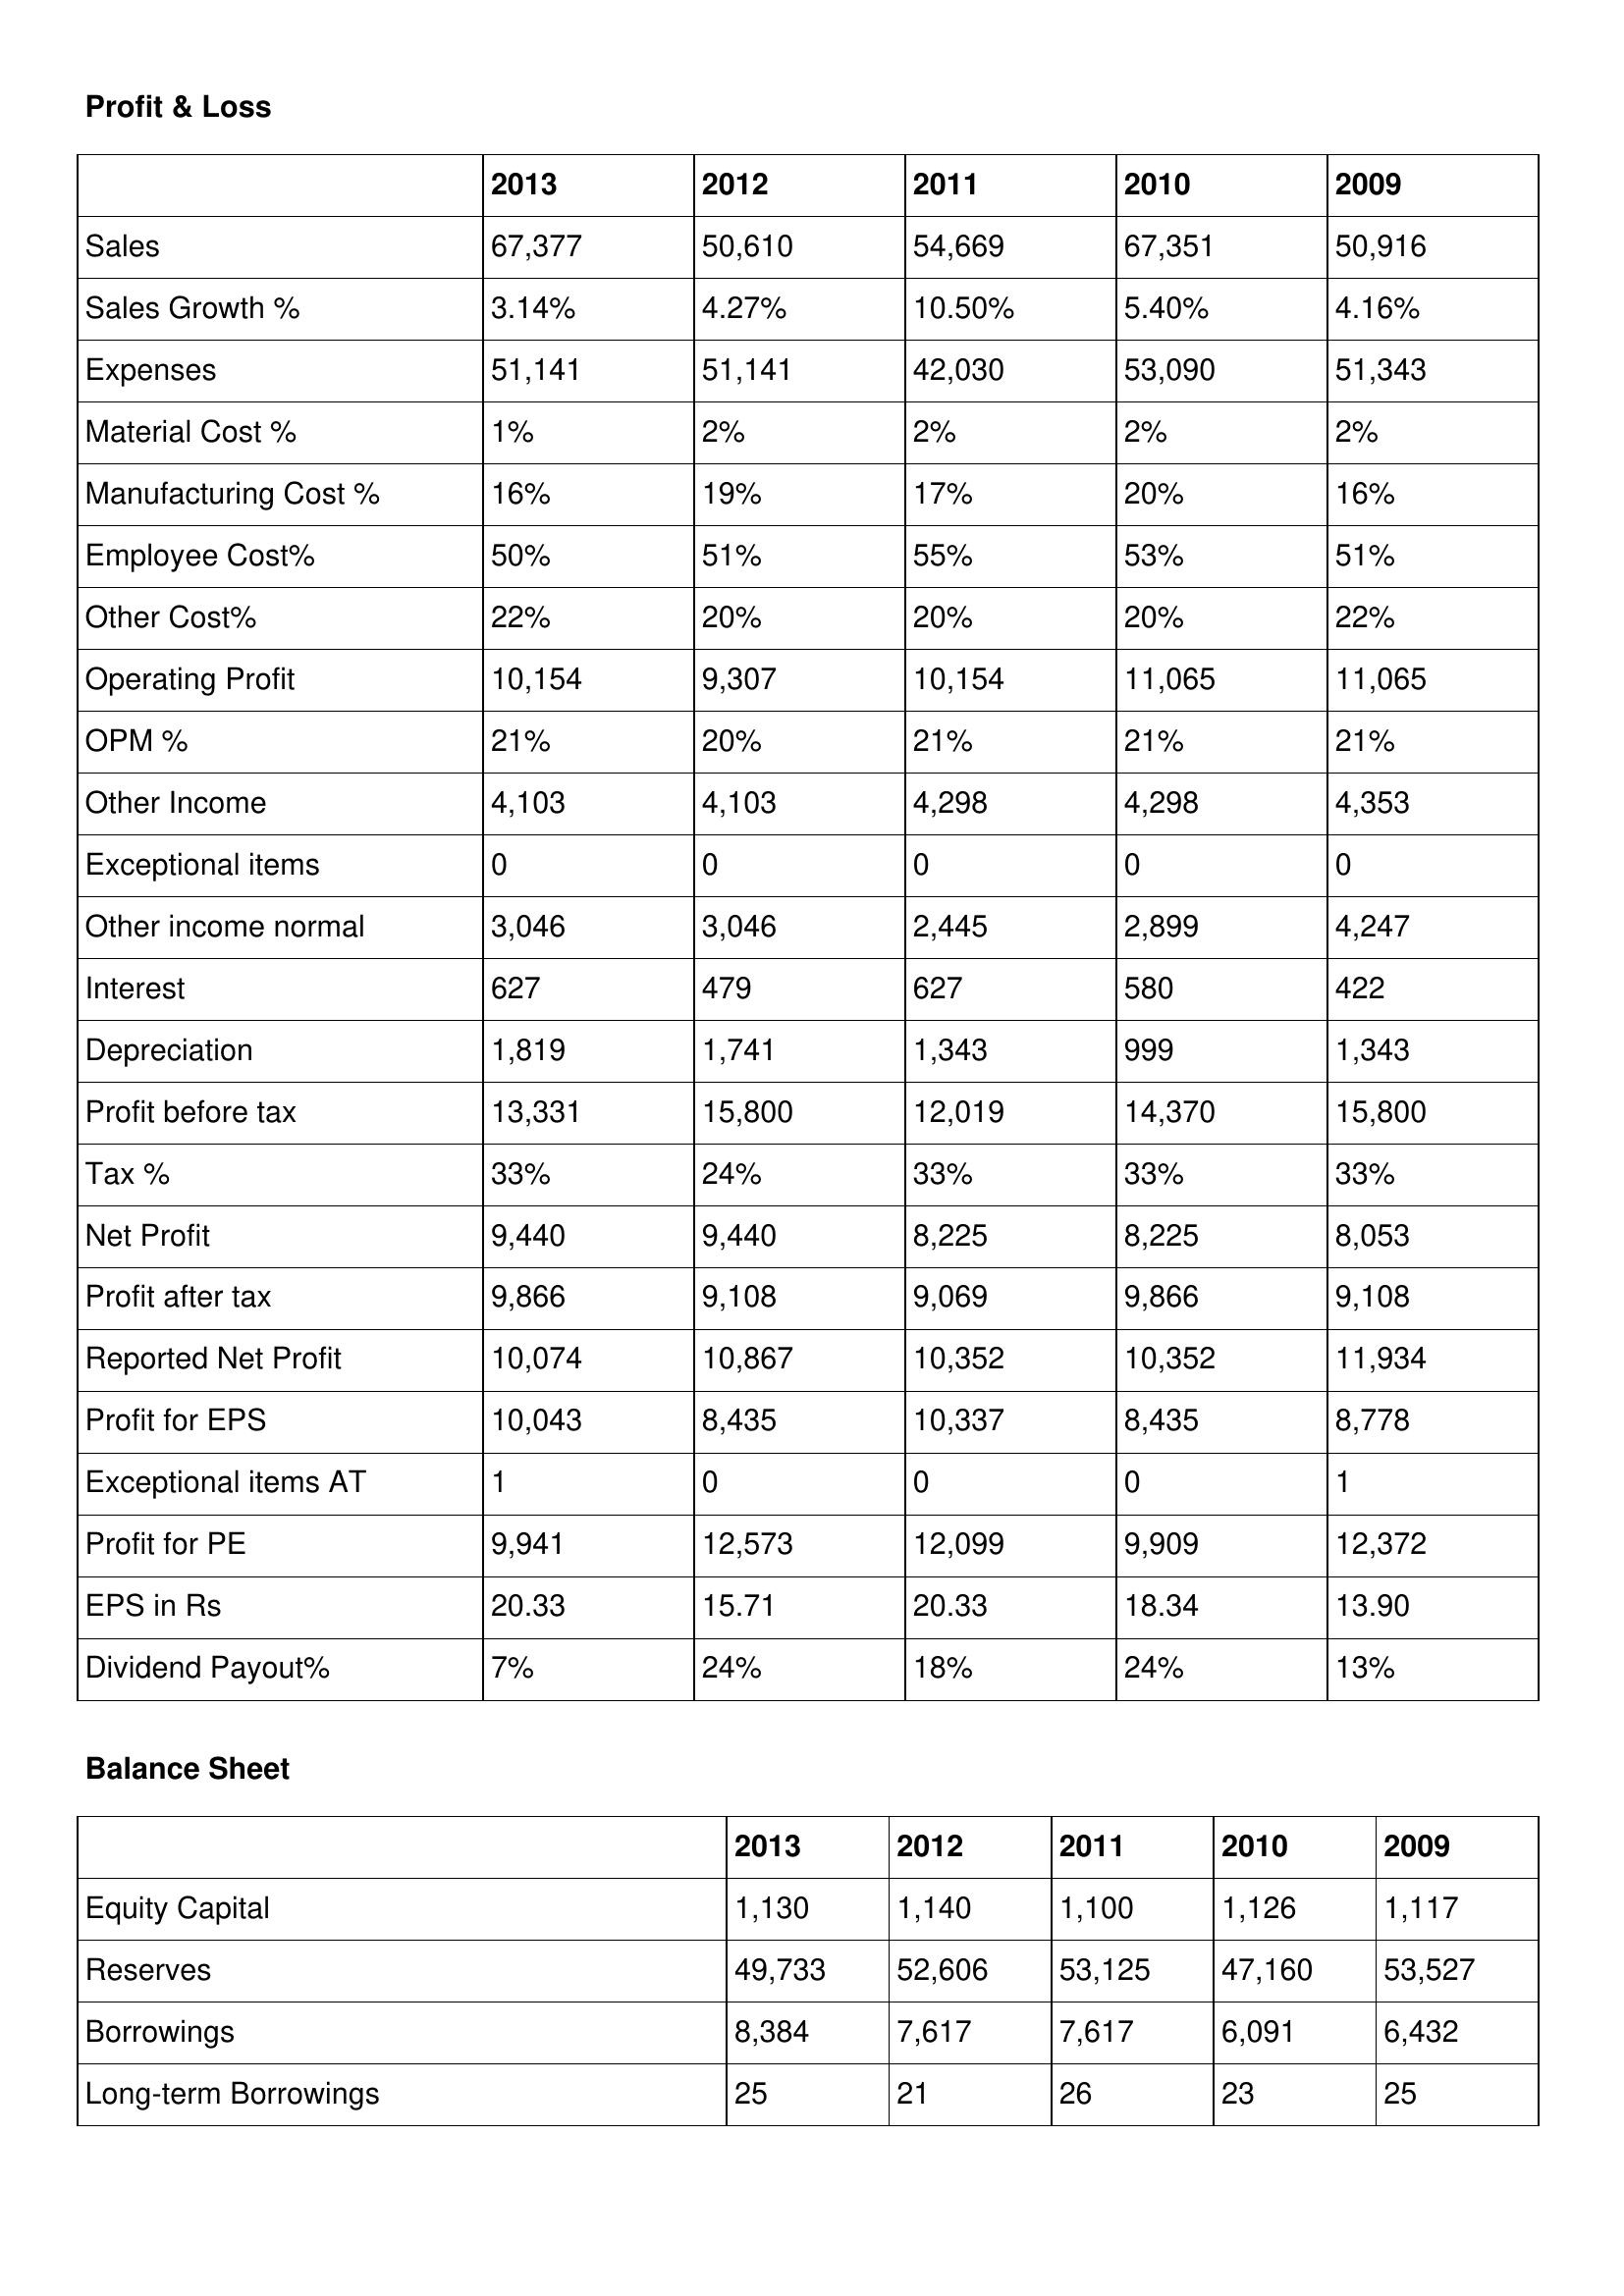
gt_parse: 2013: Profit & Loss: Sales: 67,377
Sales Growth %: 3.14%
Expenses: 51,141
Material Cost %: 1%
Manufacturing Cost %: 16%
Employee Cost%: 50%
Other Cost%: 22%
Operating Profit: 10,154
OPM %: 21%
Other Income: 4,103
Exceptional items: 0
Other income normal: 3,046
Interest: 627
Depreciation: 1,819
Profit before tax: 13,331
Tax %: 33%
Net Profit: 9,440
Profit after tax: 9,866
Reported Net Profit: 10,074
Profit for EPS: 10,043
Exceptional items AT: 1
Profit for PE: 9,941
EPS in Rs: 20.33
Dividend Payout%: 7%
Balance Sheet: Equity Capital: 1,130
Reserves: 49,733
Borrowings: 8,384
Long-term Borrowings: 25
2012: Profit & Loss: Sales: 50,610
Sales Growth %: 4.27%
Expenses: 51,141
Material Cost %: 2%
Manufacturing Cost %: 19%
Employee Cost%: 51%
Other Cost%: 20%
Operating Profit: 9,307
OPM %: 20%
Other Income: 4,103
Exceptional items: 0
Other income normal: 3,046
Interest: 479
Depreciation: 1,741
Profit before tax: 15,800
Tax %: 24%
Net Profit: 9,440
Profit after tax: 9,108
Reported Net Profit: 10,867
Profit for EPS: 8,435
Exceptional items AT: 0
Profit for PE: 12,573
EPS in Rs: 15.71
Dividend Payout%: 24%
Balance Sheet: Equity Capital: 1,140
Reserves: 52,606
Borrowings: 7,617
Long-term Borrowings: 21
2011: Profit & Loss: Sales: 54,669
Sales Growth %: 10.50%
Expenses: 42,030
Material Cost %: 2%
Manufacturing Cost %: 17%
Employee Cost%: 55%
Other Cost%: 20%
Operating Profit: 10,154
OPM %: 21%
Other Income: 4,298
Exceptional items: 0
Other income normal: 2,445
Interest: 627
Depreciation: 1,343
Profit before tax: 12,019
Tax %: 33%
Net Profit: 8,225
Profit after tax: 9,069
Reported Net Profit: 10,352
Profit for EPS: 10,337
Exceptional items AT: 0
Profit for PE: 12,099
EPS in Rs: 20.33
Dividend Payout%: 18%
Balance Sheet: Equity Capital: 1,100
Reserves: 53,125
Borrowings: 7,617
Long-term Borrowings: 26
2010: Profit & Loss: Sales: 67,351
Sales Growth %: 5.40%
Expenses: 53,090
Material Cost %: 2%
Manufacturing Cost %: 20%
Employee Cost%: 53%
Other Cost%: 20%
Operating Profit: 11,065
OPM %: 21%
Other Income: 4,298
Exceptional items: 0
Other income normal: 2,899
Interest: 580
Depreciation: 999
Profit before tax: 14,370
Tax %: 33%
Net Profit: 8,225
Profit after tax: 9,866
Reported Net Profit: 10,352
Profit for EPS: 8,435
Exceptional items AT: 0
Profit for PE: 9,909
EPS in Rs: 18.34
Dividend Payout%: 24%
Balance Sheet: Equity Capital: 1,126
Reserves: 47,160
Borrowings: 6,091
Long-term Borrowings: 23
2009: Profit & Loss: Sales: 50,916
Sales Growth %: 4.16%
Expenses: 51,343
Material Cost %: 2%
Manufacturing Cost %: 16%
Employee Cost%: 51%
Other Cost%: 22%
Operating Profit: 11,065
OPM %: 21%
Other Income: 4,353
Exceptional items: 0
Other income normal: 4,247
Interest: 422
Depreciation: 1,343
Profit before tax: 15,800
Tax %: 33%
Net Profit: 8,053
Profit after tax: 9,108
Reported Net Profit: 11,934
Profit for EPS: 8,778
Exceptional items AT: 1
Profit for PE: 12,372
EPS in Rs: 13.90
Dividend Payout%: 13%
Balance Sheet: Equity Capital: 1,117
Reserves: 53,527
Borrowings: 6,432
Long-term Borrowings: 25